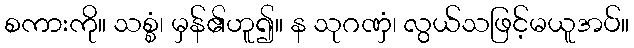
စကားကို။ သစ္စံ၊ မှန်၏ဟူ၍။ န သုဂဏှံ၊ လွယ်သဖြင့်မယူအပ်။